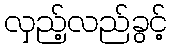
လှည့်လည်ခွင့်